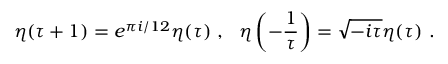
\eta ( \tau + 1 ) = e ^ { \pi i / 1 2 } \eta ( \tau ) ~ , ~ ~ \eta \left( - \frac { 1 } { \tau } \right) = \sqrt { - i \tau } \eta ( \tau ) ~ .